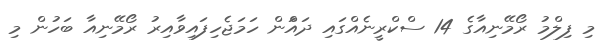
މި ފިލްމު ރޯމޭނިއާގެ 14 ސްކްރީނެއްގައި ދައްަން ހަމަޖެހިފައިވާއިރު ރޯމޭނިއާ ބަހުން މި